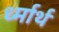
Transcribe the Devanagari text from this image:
र्ध्मार्थ